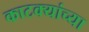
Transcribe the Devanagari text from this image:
काटक्यांच्या